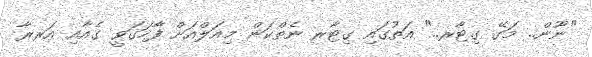
"ނޫން.. މަގޭ ގިޓާރ.." އަތުގައި ގިޓާރ ނެތްކަން މިއަލްއަށް ފާހަގަވީ ގެއާއި އަރރާ